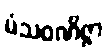
မံသဝဏိဇ္ဇာ